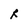
Character: R